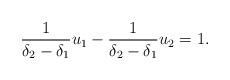
LaTeX: \begin{align*} \frac 1{\delta_2 - \delta_1} u_1 - \frac 1{\delta_2 - \delta_1} u_2 = 1.\end{align*}